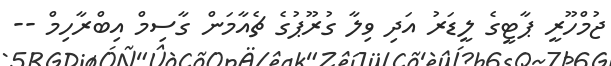
ޖުމްހޫރީ ޕާޓީގެ ލީޑަރު އަދި ވިލާ ގުރޫޕުގެ ޗެއާމަން ގާސިމް އިބްރާހިމް --